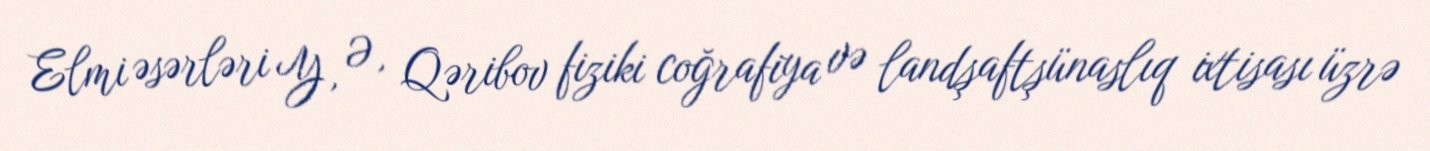
Elmi əsərləri Y, Ə, Qəribov fiziki coğrafiya və landşaftşünaslıq ixtisası üzrə